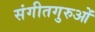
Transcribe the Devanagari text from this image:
संगीतगुरुओं